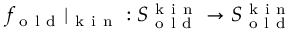
f _ { \mathrm { ~ o ~ l ~ d ~ } } \vert _ { \mathrm { ~ k ~ i ~ n ~ } } : S _ { \mathrm { ~ o ~ l ~ d ~ } } ^ { \mathrm { ~ k ~ i ~ n ~ } } \to S _ { \mathrm { ~ o ~ l ~ d ~ } } ^ { \mathrm { ~ k ~ i ~ n ~ } }